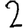
Digit: 2